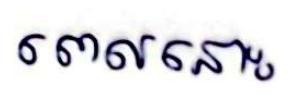
ពេលនោះ